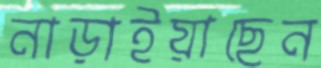
নাড়াইয়াছেন